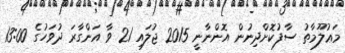
މަޢުލޫމާތު ސާފުކޮށްދިނުން އޮންނާނީ 2015 ޖުލައި 21 ވާ އަންގާރަ ދުވަހުގެ 13:00